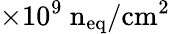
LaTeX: \times 10^{9}\mathrm{~n_{\mathrm{eq}}/cm^{2}}